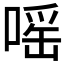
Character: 嗂